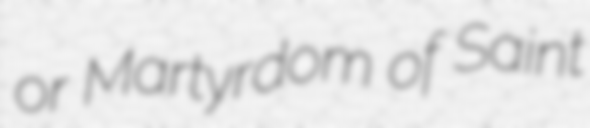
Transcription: or Martyrdom of Saint